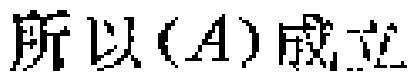
所以\((A)\)成立